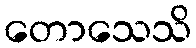
တောသေသိ